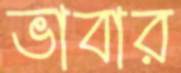
ভাবার